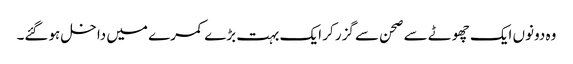
وہ دونوں ایک چھوٹے سے صحن سے گزر کر ایک بہت بڑے کمرے میں داخل ہوگئے۔